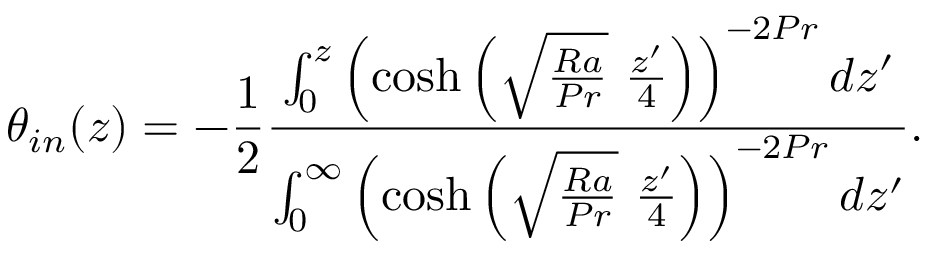
\theta _ { i n } ( z ) = - \frac { 1 } { 2 } \frac { \int _ { 0 } ^ { z } \left( \cosh { \left( \sqrt { \frac { R a } { P r } } \ \frac { z ^ { \prime } } { 4 } \right) } \right) ^ { - 2 P r } d z ^ { \prime } } { \int _ { 0 } ^ { \infty } \left( \cosh { \left( \sqrt { \frac { R a } { P r } } \ \frac { z ^ { \prime } } { 4 } \right) } \right) ^ { - 2 P r } d z ^ { \prime } } .